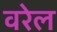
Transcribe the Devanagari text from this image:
वरेल